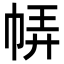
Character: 𢃈